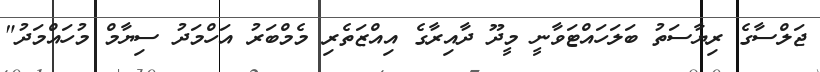
ޖަލްސާގެ ރިޔާސަތު ބަލަހައްޓަވާނީ މީދޫ ދާއިރާގެ އިއްޒަތެރި މެމްބަރު އަހްމަދު ސިޔާމް މުހައްމަދު"